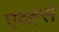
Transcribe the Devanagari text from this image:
एव्ह्से